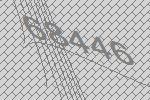
68446